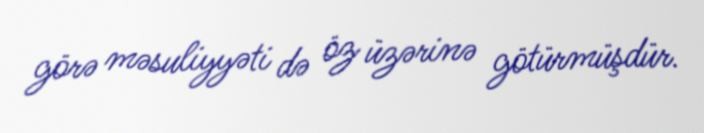
görə məsuliyyəti də öz üzərinə götürmüşdür.